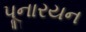
પૂનારયન